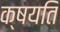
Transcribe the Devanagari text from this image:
क्षयति